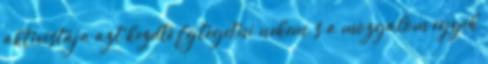
aktivistája azt kezdte fejtegetni nekem, s a mozgalom egyik